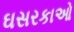
ઘસરકાઓ